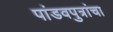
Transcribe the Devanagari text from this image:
पांडवपुत्रांचा